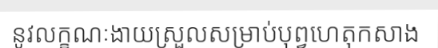
នូវលក្ខណៈងាយស្រួលសម្រាប់បុព្វហេតុកសាង